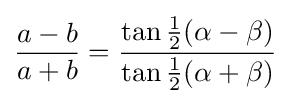
{\frac {a-b}{a+b}}={\frac {\tan {\tfrac {1}{2}}(\alpha -\beta )}{\tan {\tfrac {1}{2}}(\alpha +\beta )}}